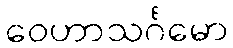
ဝေဟာသင်္ဂမော